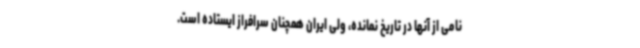
نامی از آنها در تاریخ نمانده، ولی ایران همچنان سرافراز ایستاده است.